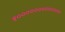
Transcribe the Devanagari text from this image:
१०००००००००००००